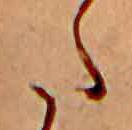
た